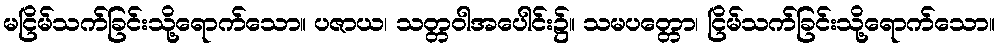
မငြိမ်သက်ခြင်းသို့ရောက်သော။ ပဇာယ၊ သတ္တဝါအပေါင်း၌။ သမပတ္တော၊ ငြိမ်သက်ခြင်းသို့ရောက်သော။